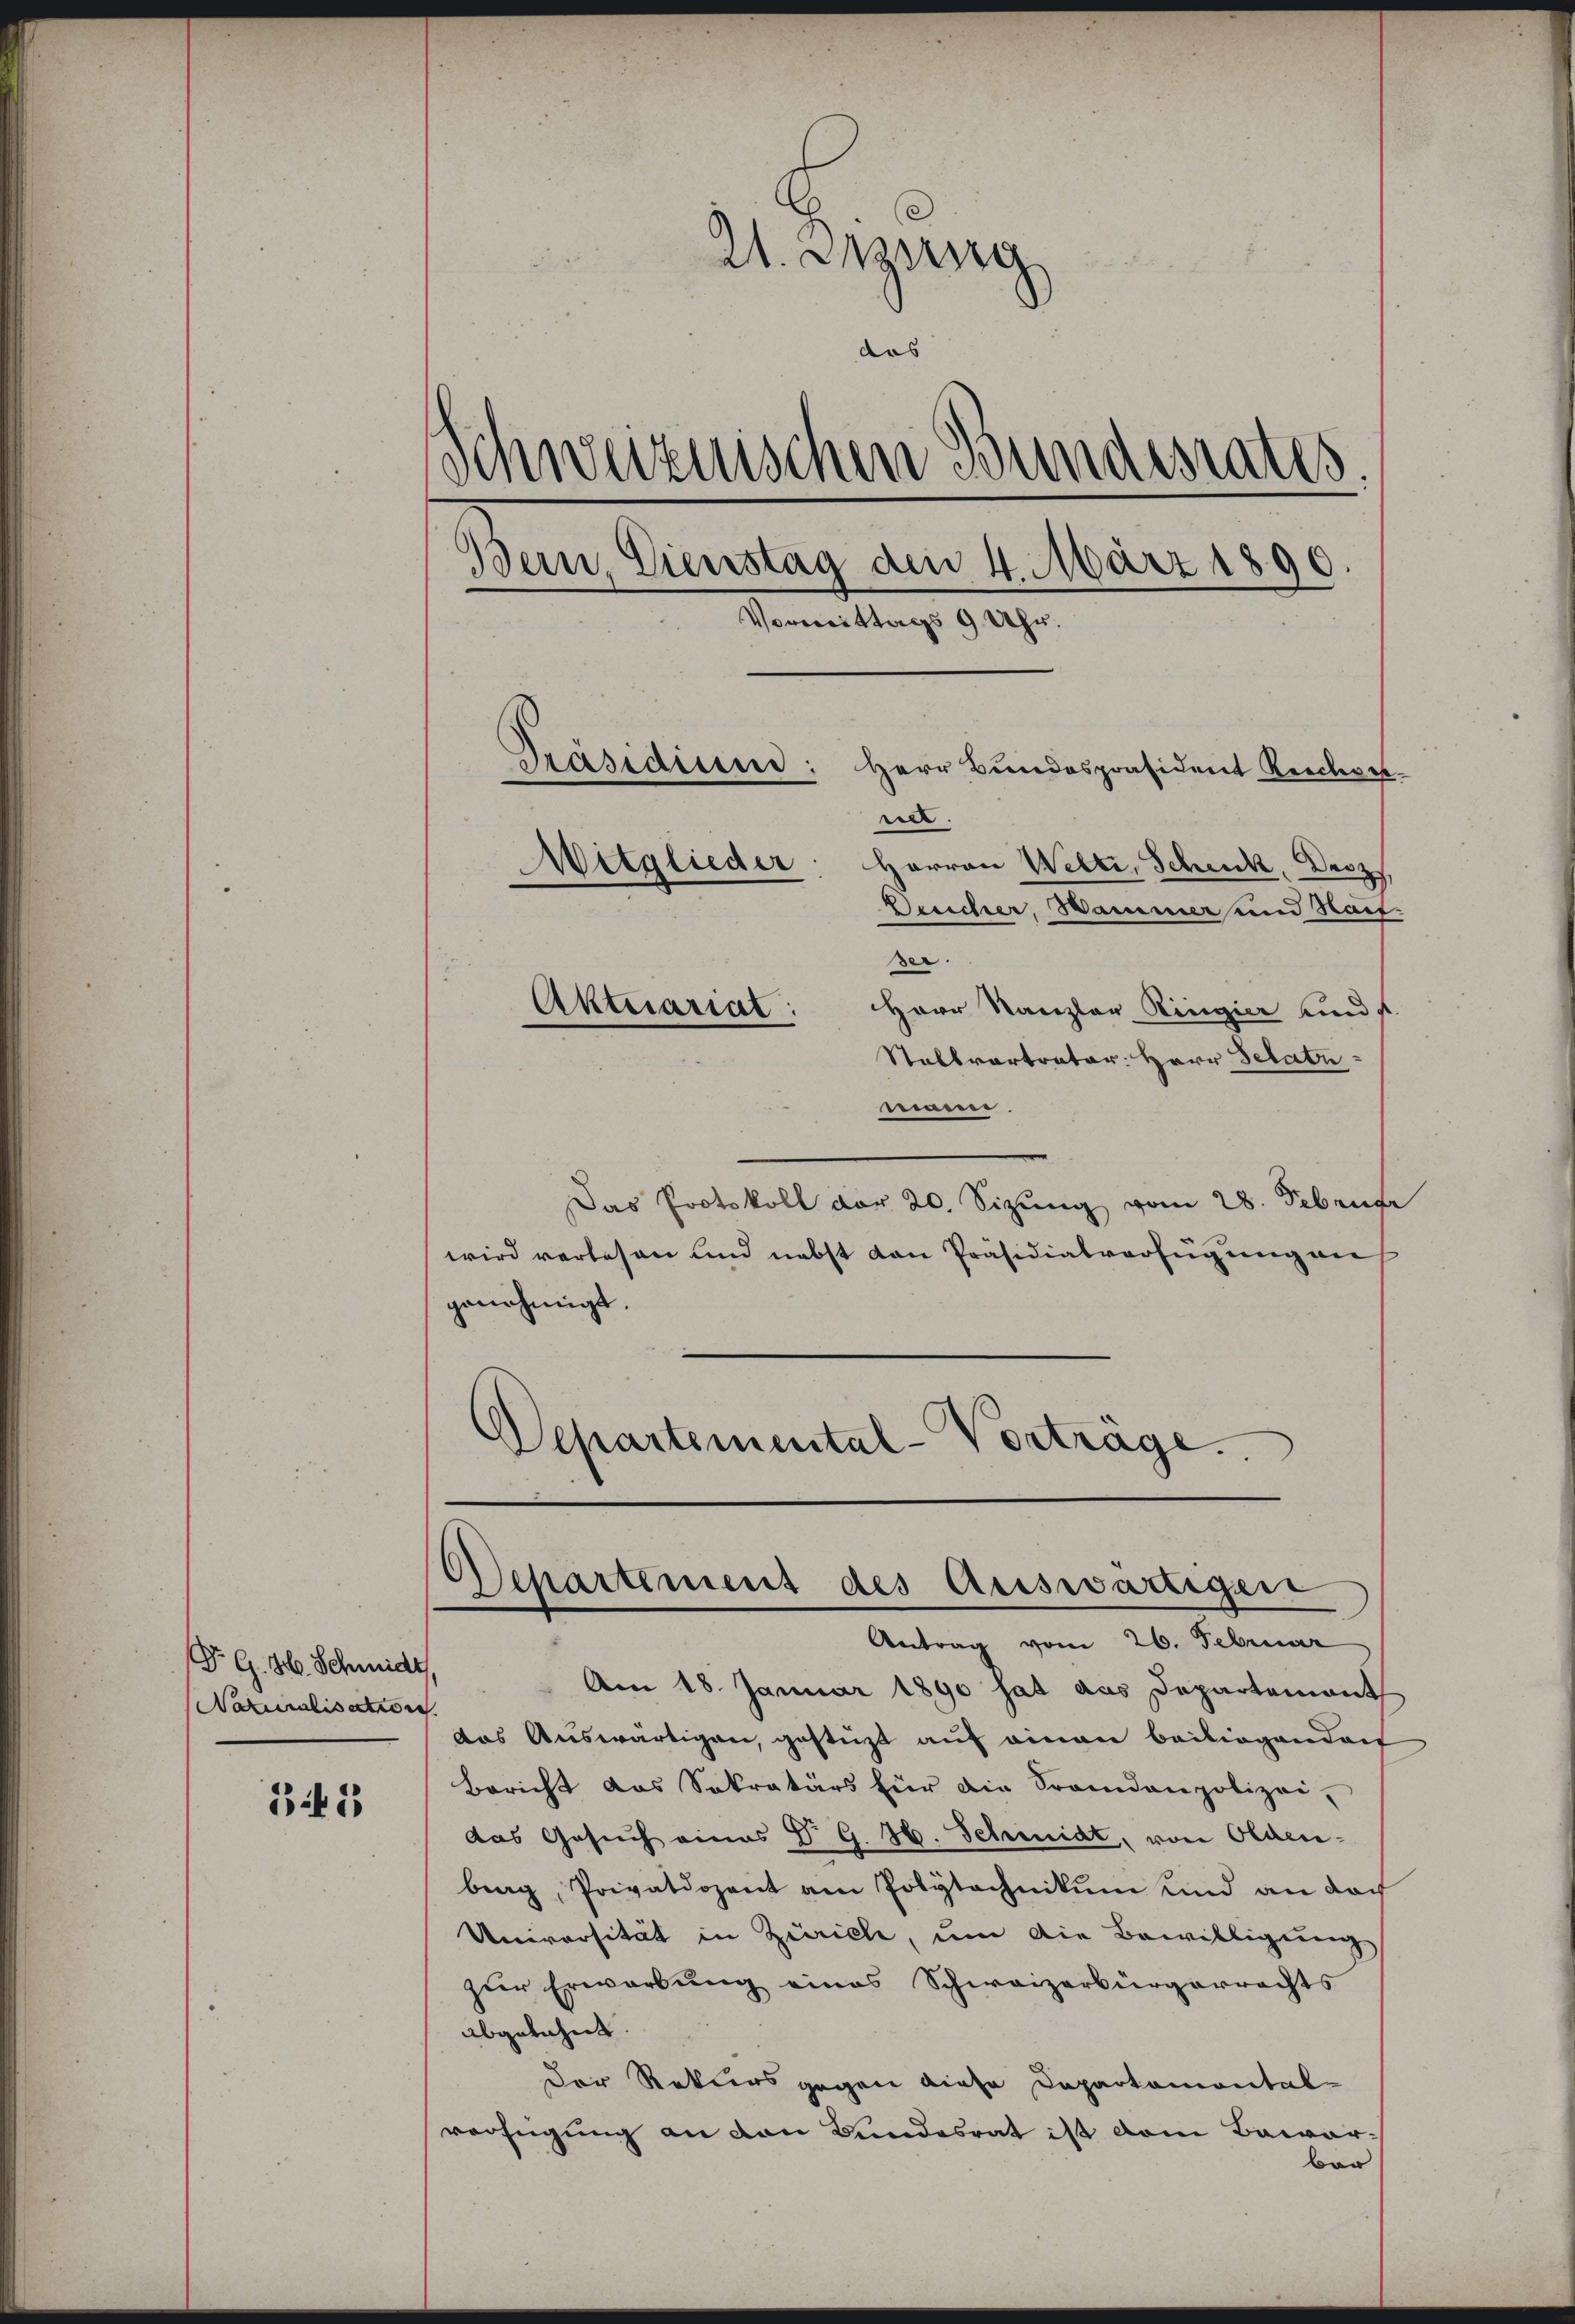
Dr. G. H. Schmidt
Naturalisation

B 2

21. Jung
das
Schweizerischen Bundesrates.
Bern, Dienstag den 4. März 1890
Vormittags 9 Uhr.
Passauiend: Herr Bundespräsident Reichges
ner.
Mitglieder: Herren Welti, Scheck, Decz
Dreicher, Wammer und Stauf.
ser.
Aktuariat:
Herr Kanzler Ringier und s

Stalbvertreter: Herr Schatz
seine
Das Protokoll der 20. Sizung vom 28. Februar
wird verlesen und nebst den Präsidialverfügung auf
genehmigt.
Departemental-Vortrage.

Am 18. Januar 1890 hat aus Departement
das Auswärtigen, gestüzt auf einen beiliegenden
Bericht das Sekretärs für die Frandanpolizei,
das Gesuch eines P. G. 36. Schmidt, von Olden-
brag, Privatdozent am Polytechnikum und an doch
Universität in Zürich, um die Bewilligung
zur Erwartung eines Schweizerbürgerrechts
abgelehnt.
Der Rekurs gegen diese Departamontal-
verfügung an von Bundesrat ist vom Bewarber

Separtement des Auswärtigen
Antrag vom 26. Februar